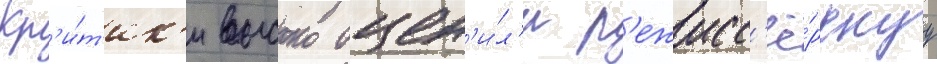
Кр'и́т'ик'и высоко оцен'и́л'и р'ежисс'ё́рскуу